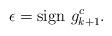
LaTeX: \begin{align*}\epsilon = \mbox{sign }g^c_{k+1}.\end{align*}